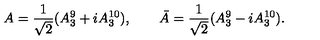
A = { \frac { 1 } { \sqrt 2 } } ( A _ { 3 } ^ { 9 } + i A _ { 3 } ^ { 1 0 } ) , \qquad \bar { A } = { \frac { 1 } { \sqrt 2 } } ( A _ { 3 } ^ { 9 } - i A _ { 3 } ^ { 1 0 } ) .